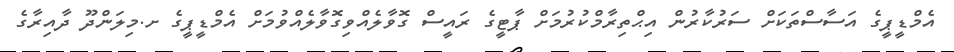
އެމްޑީޕީގެ އަސާސްތަކަށް ސަރުކާރުން އިޙްތިރާމްކުރުމަށް ޕާޓީގެ ރައީސް ގޮވާލެއްވިގޮވާލެއްވުމަށް އެމްޑީޕީގެ ށ.މިލަންދޫ ދާއިރާގެ